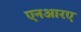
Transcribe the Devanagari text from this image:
एनआरए